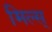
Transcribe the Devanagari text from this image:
मिल्स्